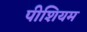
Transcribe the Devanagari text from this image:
पीशियम